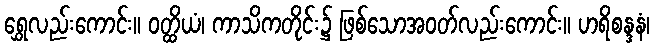
ရွှေလည်းကောင်း။ ဝတ္ထိယံ၊ ကာသိကတိုင်း၌ ဖြစ်သောအဝတ်လည်းကောင်း။ ဟရိစန္ဒနံ၊